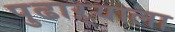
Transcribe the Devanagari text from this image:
पुढाऱ्याला